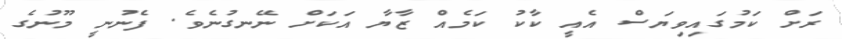
ރަށް ކަމުގައިވިޔަސް އެއީ ކާކު ކަމެއް ޒާޔާ އަކަށް ނޭނގުނެވެ. ފެނުނީ މޫނުގެ